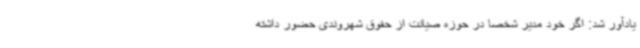
یادآور شد: اگر خود مدیر شخصا در حوزه صیانت از حقوق شهروندی حضور داشته